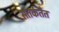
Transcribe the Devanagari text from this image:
सतर्कतेत